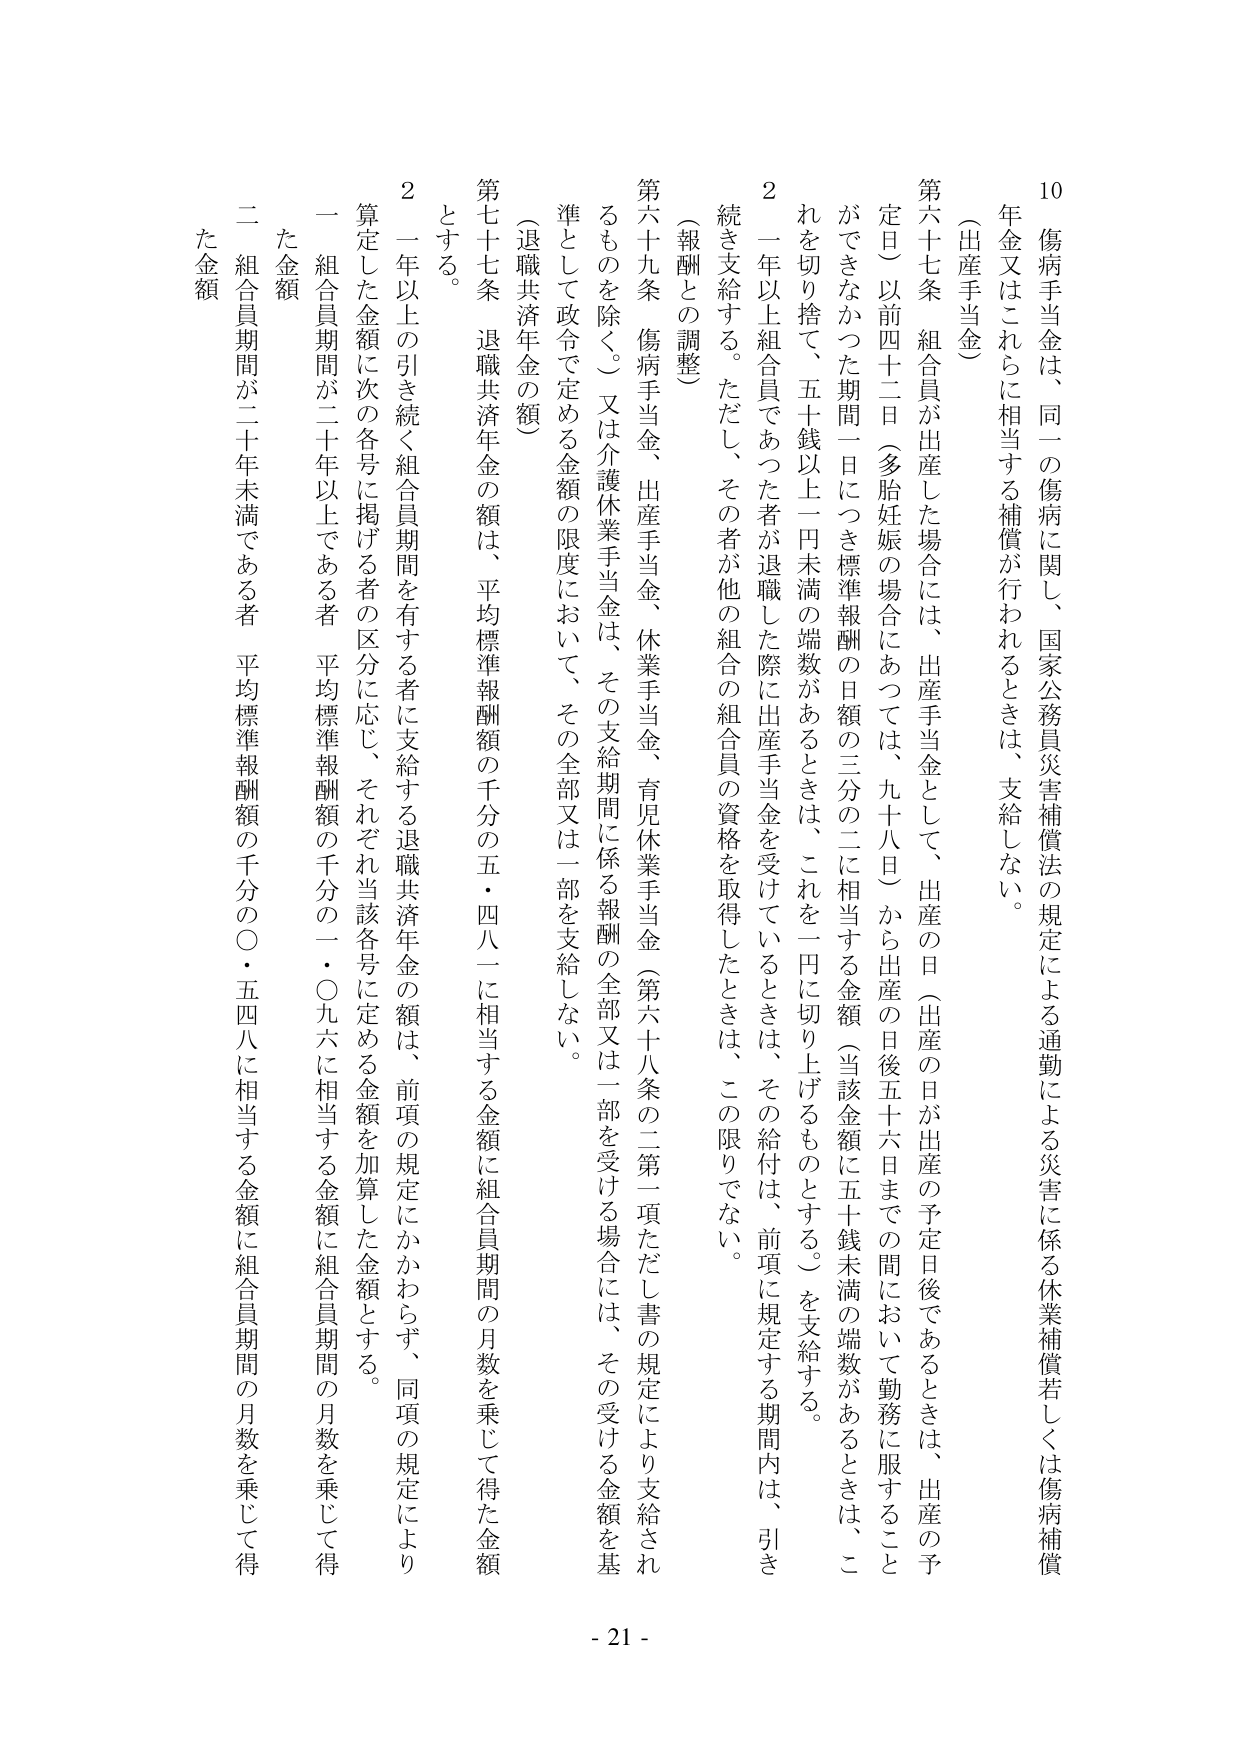
10
傷病手当金は、同一の傷病に関して、国家公務員災害補償法の規定による通勤による災害に係る休業補償若しくは傷病補償年金又はこれらに相当する補償が行われるときは、支給しない。
（出産手当金）
第六十七条　組合員が出産した場合には、出産手当金として、出産の日（出産の日が出産の予定日後であるときは、出産の予定日）以前四十二日（多胎妊娠の場合にあっては、九十八日）から出産の日後五十六日までの間において勤務に服することのできなかった期間一日につき標準報酬の日額の三分の二に相当する金額（当該金額に五十銭未満の端数があるときは、これを切り捨て、五十銭以上一円未満の端数があるときは、これを一円に切り上げるものとする。）を支給する。
２　一年以上組合員であった者が退職した際に出産手当金を受けるときは、その給付は、前項に規定する期間内は、引き続き支給する。ただし、その者が他の組合の組合員の資格を取得したときは、この限りでない。
（報酬との調整）
第六十九条　傷病手当金、出産手当金、休業手当金、育児休業手当金（第六十八条の二第一項ただし書の規定により支給されるものを除く。）又は介護休業手当金は、その支給期間に係る報酬の全部又は一部を受ける場合には、その受ける金額を基準として政令で定める金額の限度において、その全部又は一部を支給しない。
（退職共済年金の額）
第七十七条　退職共済年金の額は、平均標準報酬額の千分の五・四八に相当する金額に組合員期間の月数を乗じて得た金額とする。
２　一年以上の引き続く組合員期間を有する者に支給する退職共済年金の額は、前項の規定にかかわらず、同項の規定により算定した金額に次の各号に掲げる者の区分に応じ、それぞれ当該各号に定める金額を加算した金額とする。
一　組合員期間が二十年以上である者　平均標準報酬額の千分の一・〇九六に相当する金額に組合員期間の月数を乗じて得た金額
二　組合員期間が二十年未満である者　平均標準報酬額の千分の〇・五四八に相当する金額に組合員期間の月数を乗じて得た金額
- 21 -